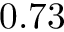
0 . 7 3